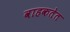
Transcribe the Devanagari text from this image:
वाहकतेत